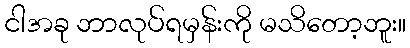
ငါအခု ဘာလုပ်ရမှန်းကို မသိတော့ဘူး။